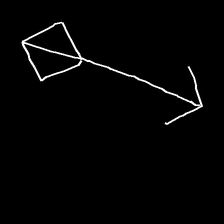
Glyph: focus